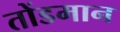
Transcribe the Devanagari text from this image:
तोंडमान